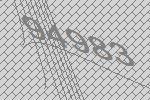
94983